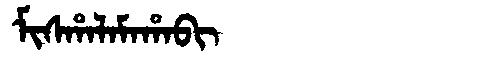
Manchu: ᠮᡳᠰᡥᠠᠯᠠᠮᠠᡥᠠᠪᡳ
Romanization: MISHALAMAHABI